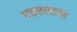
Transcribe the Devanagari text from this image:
एचएलएल